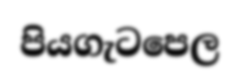
පියගැටපෙල